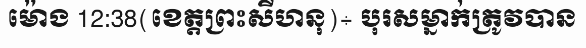
ម៉ោង 12:38(ខេត្តព្រះសីហនុ)÷ បុរសម្នាក់ត្រូវបាន